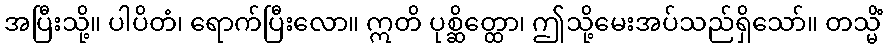
အပြီးသို့။ ပါပိတံ၊ ရောက်ပြီးလော။ ဣတိ ပုစ္ဆိတ္ထော၊ ဤသို့မေးအပ်သည်ရှိသော်။ တသ္မိံ